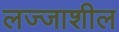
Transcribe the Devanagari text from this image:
लज्जाशील